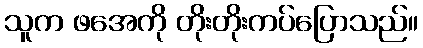
သူက ဖအေကို တိုးတိုးကပ်ပြောသည်။